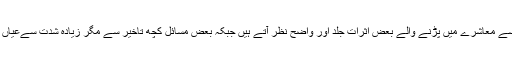
ان اعمال سے معاشرے میں پڑنے والے بعض اثرات جلد اور واضح نظر آتے ہیں جبکہ بعض مسائل کچھ تاخیر سے مگر زیادہ شدت سےعیاں ہوتے ہیں۔